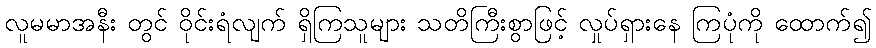
လူမမာအနီး တွင် ဝိုင်းရံလျက် ရှိကြသူများ သတိကြီးစွာဖြင့် လှုပ်ရှားနေ ကြပုံကို ထောက်၍